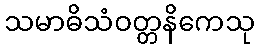
သမာဓိသံဝတ္တနိကေသု